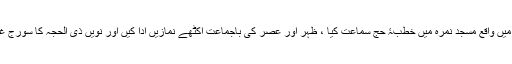
قبل ازیں انھوں نے میدانِ عرفات میں واقع مسجد نمرہ میں خطبۂ حج سماعت کیا ، ظہر اور عصر کی باجماعت اکٹھے نمازیں ادا کیں اور نویں ذی الحجہ کا سورج غروب ہونے تک وہیں قیام کیا تھا۔